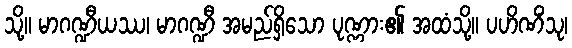
သို့။ မာဂဏ္ဍီယဿ၊ မာဂဏ္ဍီ အမည်ရှိသော ပုဏ္ဏား၏ အထံသို့။ ပဟိဏိံသု၊